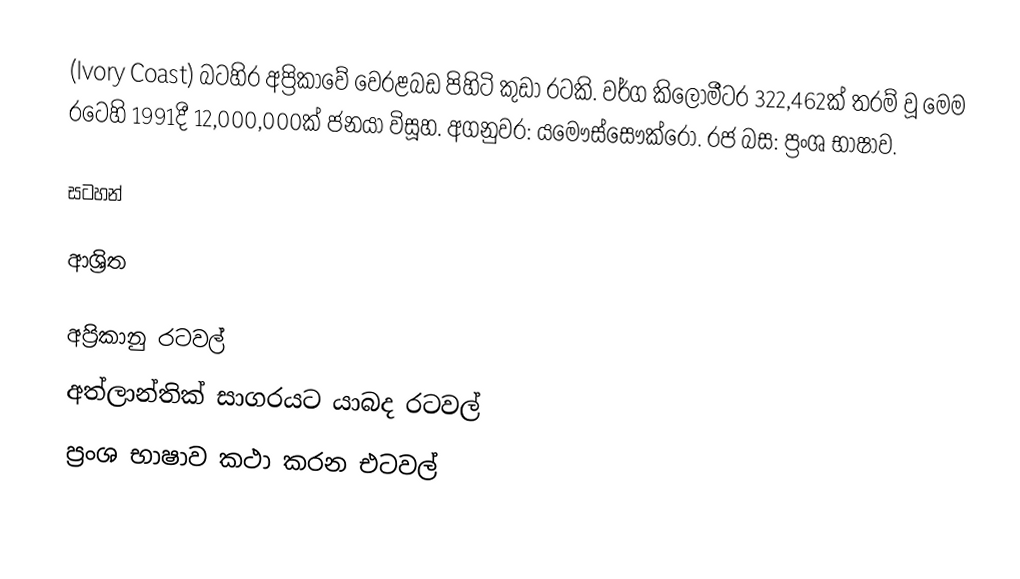
(Ivory Coast) බටහිර අප්‍රිකාවේ වෙරළබඩ පිහිටි කුඩා රටකි. වර්ග කිලෝමීටර 322,462ක් තරම් වූ මෙම රටෙහි 1991දී 12,000,000ක් ජනයා විසූහ. අගනුවර: යමෞස්සෞක්රෝ. රජ බස: ප්‍රංශ භාෂාව.

සටහන්

ආශ්‍රිත

අප්‍රිකානු රටවල්
අත්ලාන්තික් සාගරයට යාබද රටවල්
ප්‍රංශ භාෂාව කථා කරන එටවල්